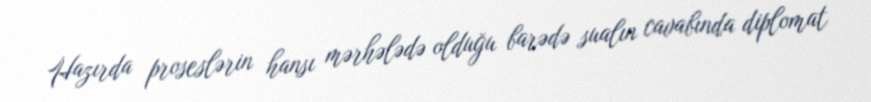
Hazırda proseslərin hansı mərhələdə olduğu barədə sualın cavabında diplomat